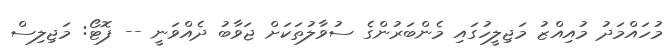
މުހައްމަދު މުއިއްޒު މަޖިލީހުގައި މެންބަރުންގެ ސުވާލުތަކަށް ޖަވާބު ދެއްވަނީ -- ފޮޓޯ: މަޖިލިސް